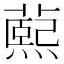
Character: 𬞭